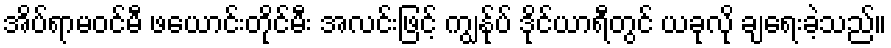
အိပ်ရာမဝင်မီ ဖယောင်းတိုင်မီး အလင်းဖြင့် ကျွန်ုပ် ဒိုင်ယာရီတွင် ယခုလို ချရေးခဲ့သည်။